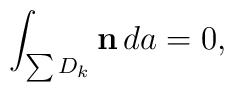
\int_{\sum D_k} {\bf n} \, da = 0,